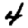
Digit: 4